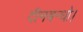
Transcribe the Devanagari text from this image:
दीनबन्धो।